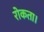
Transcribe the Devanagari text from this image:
रोकता।